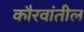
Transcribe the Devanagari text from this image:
कौरवांतील